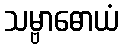
သမ္ဗာဓောယံ